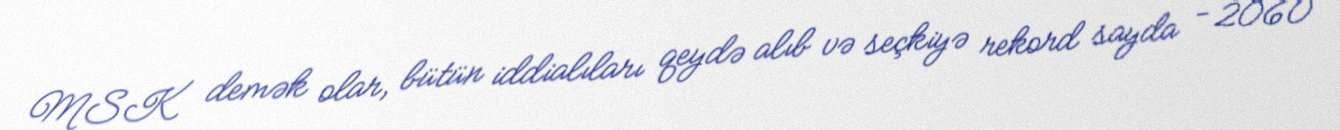
MSK demək olar, bütün iddialıları qeydə alıb və seçkiyə rekord sayda - 2060